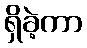
ရှိခဲ့ကာ